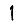
Digit: 1